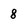
Character: 8